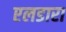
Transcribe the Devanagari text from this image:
एलडारा